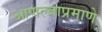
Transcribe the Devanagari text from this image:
आणल्याप्रमाणे